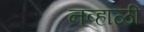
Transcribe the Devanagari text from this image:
नव्हाळी